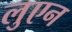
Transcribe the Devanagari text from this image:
लुएन